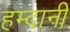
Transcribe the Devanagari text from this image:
हम्दानी